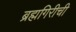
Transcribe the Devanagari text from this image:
ब्रह्मगिरीची